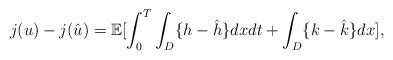
LaTeX: \begin{align*}j(u) - j(\hat{u}) = \mathbb{E}[\int_0^T\int_D \{h - \hat{h}\}dx dt +\int_D \{k - \hat{k}\}dx] ,\end{align*}